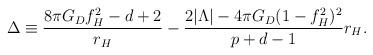
LaTeX: \begin{align*}\Delta\equiv\frac{8\pi G_D f_H^2-d+2}{r_H}-\frac{2|\Lambda|-4\pi G_D(1-f_H^2)^2}{p+d-1}r_H.\end{align*}